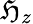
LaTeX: \mathfrak{H}_{z}